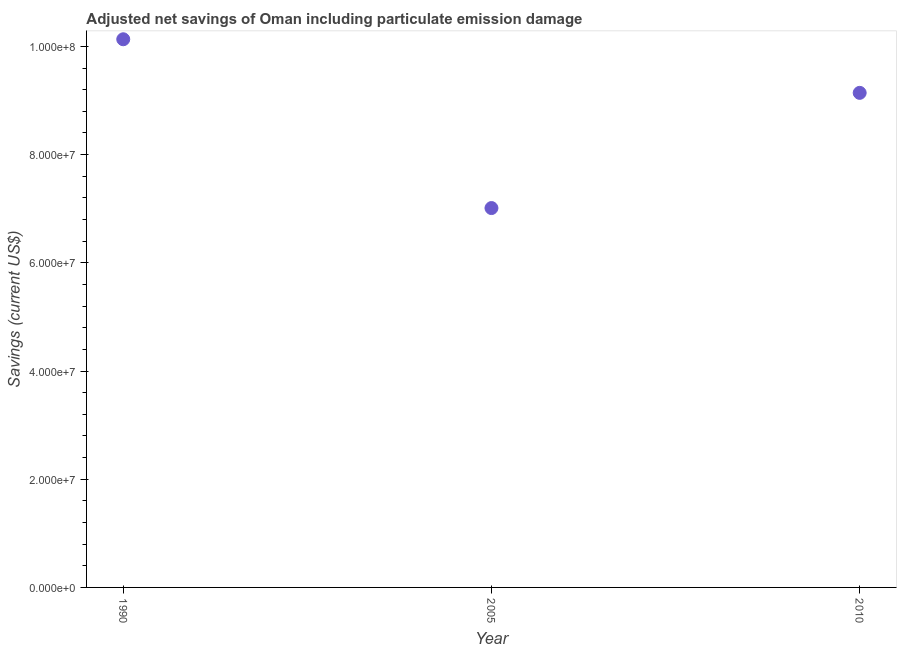
| Year | Adjusted savings: particulate emission damage (current US$) |
 | --- | --- |
 | 1990 | 1.01e+08 |
 | 2005 | 7.01e+07 |
 | 2010 | 9.14e+07 |